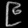
Digit: ၉